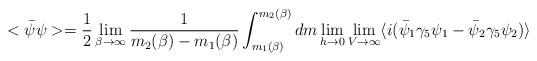
LaTeX: \begin{align*}<\bar\psi\psi> ={1\over 2} \lim_{\beta\rightarrow\infty}{1\over m_2(\beta)-m_1(\beta)}\int_{m_1(\beta)}^{m_2(\beta)} dm \lim_{h\rightarrow 0} \lim_{V\rightarrow\infty} \langle i(\bar\psi_1\gamma_5 \psi_1 - \bar\psi_2\gamma_5 \psi_2) \rangle\end{align*}